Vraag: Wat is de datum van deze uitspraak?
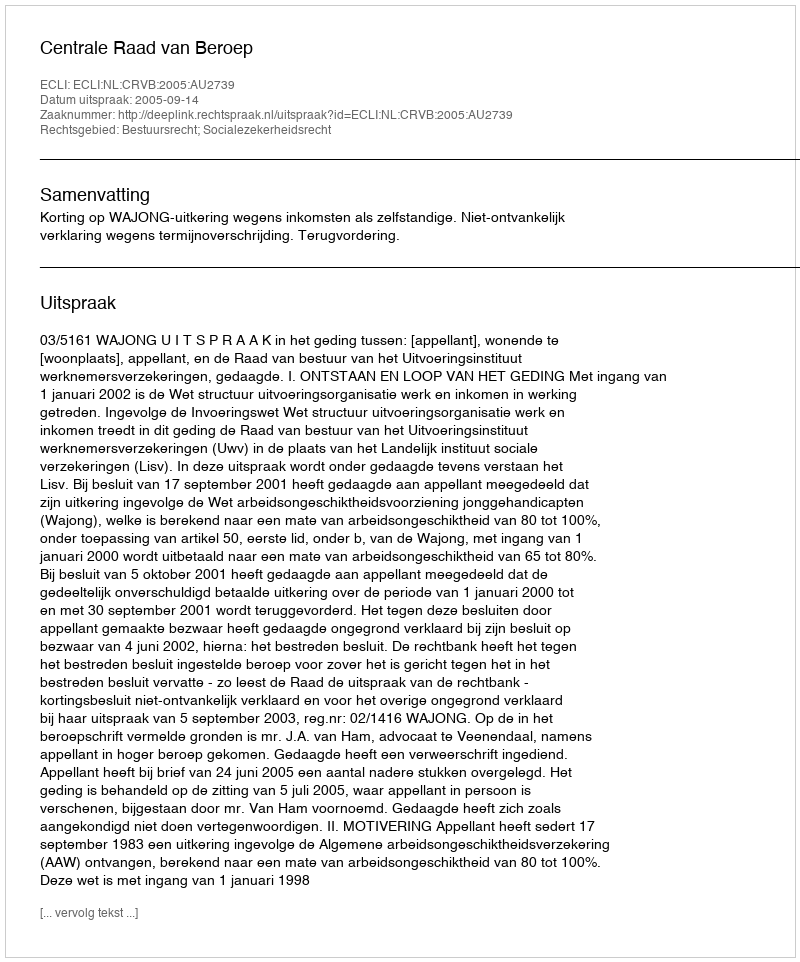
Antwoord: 2005-09-14